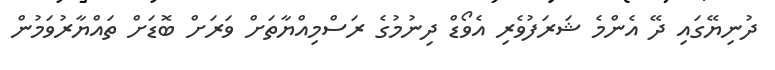
ދުނިޔޭގައި ދޭ އެންމެ ޝަރަފުވެރި އެވޯޑް ދިނުމުގެ ރަސްމިއްޔާތަށް ވަރަށް ބޮޑަށް ތައްޔާރުވަމުން